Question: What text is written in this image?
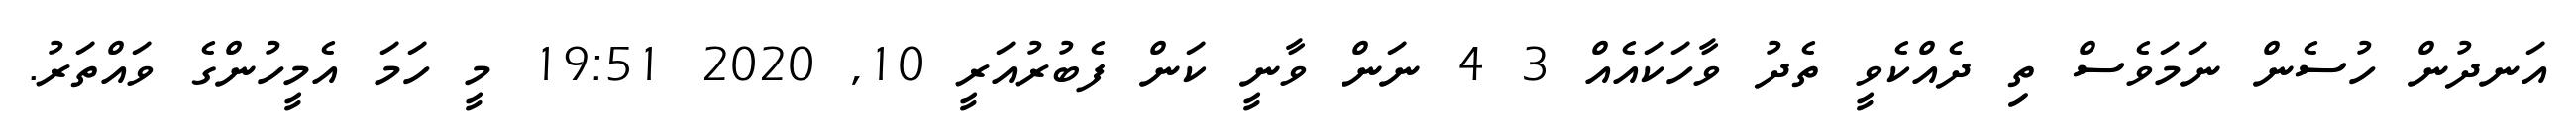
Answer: އަނދުން ހުސެން ނަމަވެސް ތި ދެއްކެވީ ތެދު ވާހަކައެއް 3 4 ނަން ވާނީ ކަން ފެބުރުއަރީ 10, 2020 19:51 މީ ހަމަ އެމީހުންގެ ވައްތަރު.